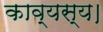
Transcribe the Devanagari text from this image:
काव्यस्य।